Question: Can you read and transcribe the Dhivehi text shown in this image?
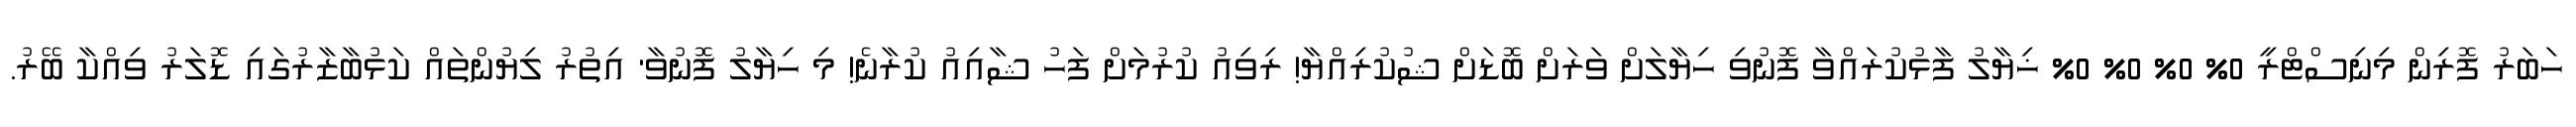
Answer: ހަބަރު ފޮރިން މިނިސްޓްރީ 0% 0% 0% 0% ޚިޔާލު ފާޅުކުރައްވާ ފޮނުވި ހިޔާލަށް ވަރަށް ބޮޑަށް ޝުކުރިއްޔާ! ރިވިއު ކުރުމަށް ފަހު ޝާއިއު ކުރާނެ! މި ހިޔާލު ފޮނުވާ' އިތުރު ލިޔުންތައް ކަޅުބާޒާރުގައި ޑޮލަރު ވިއްކާ ބޭރު.